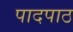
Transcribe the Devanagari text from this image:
पादपाठ